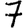
Digit: 7